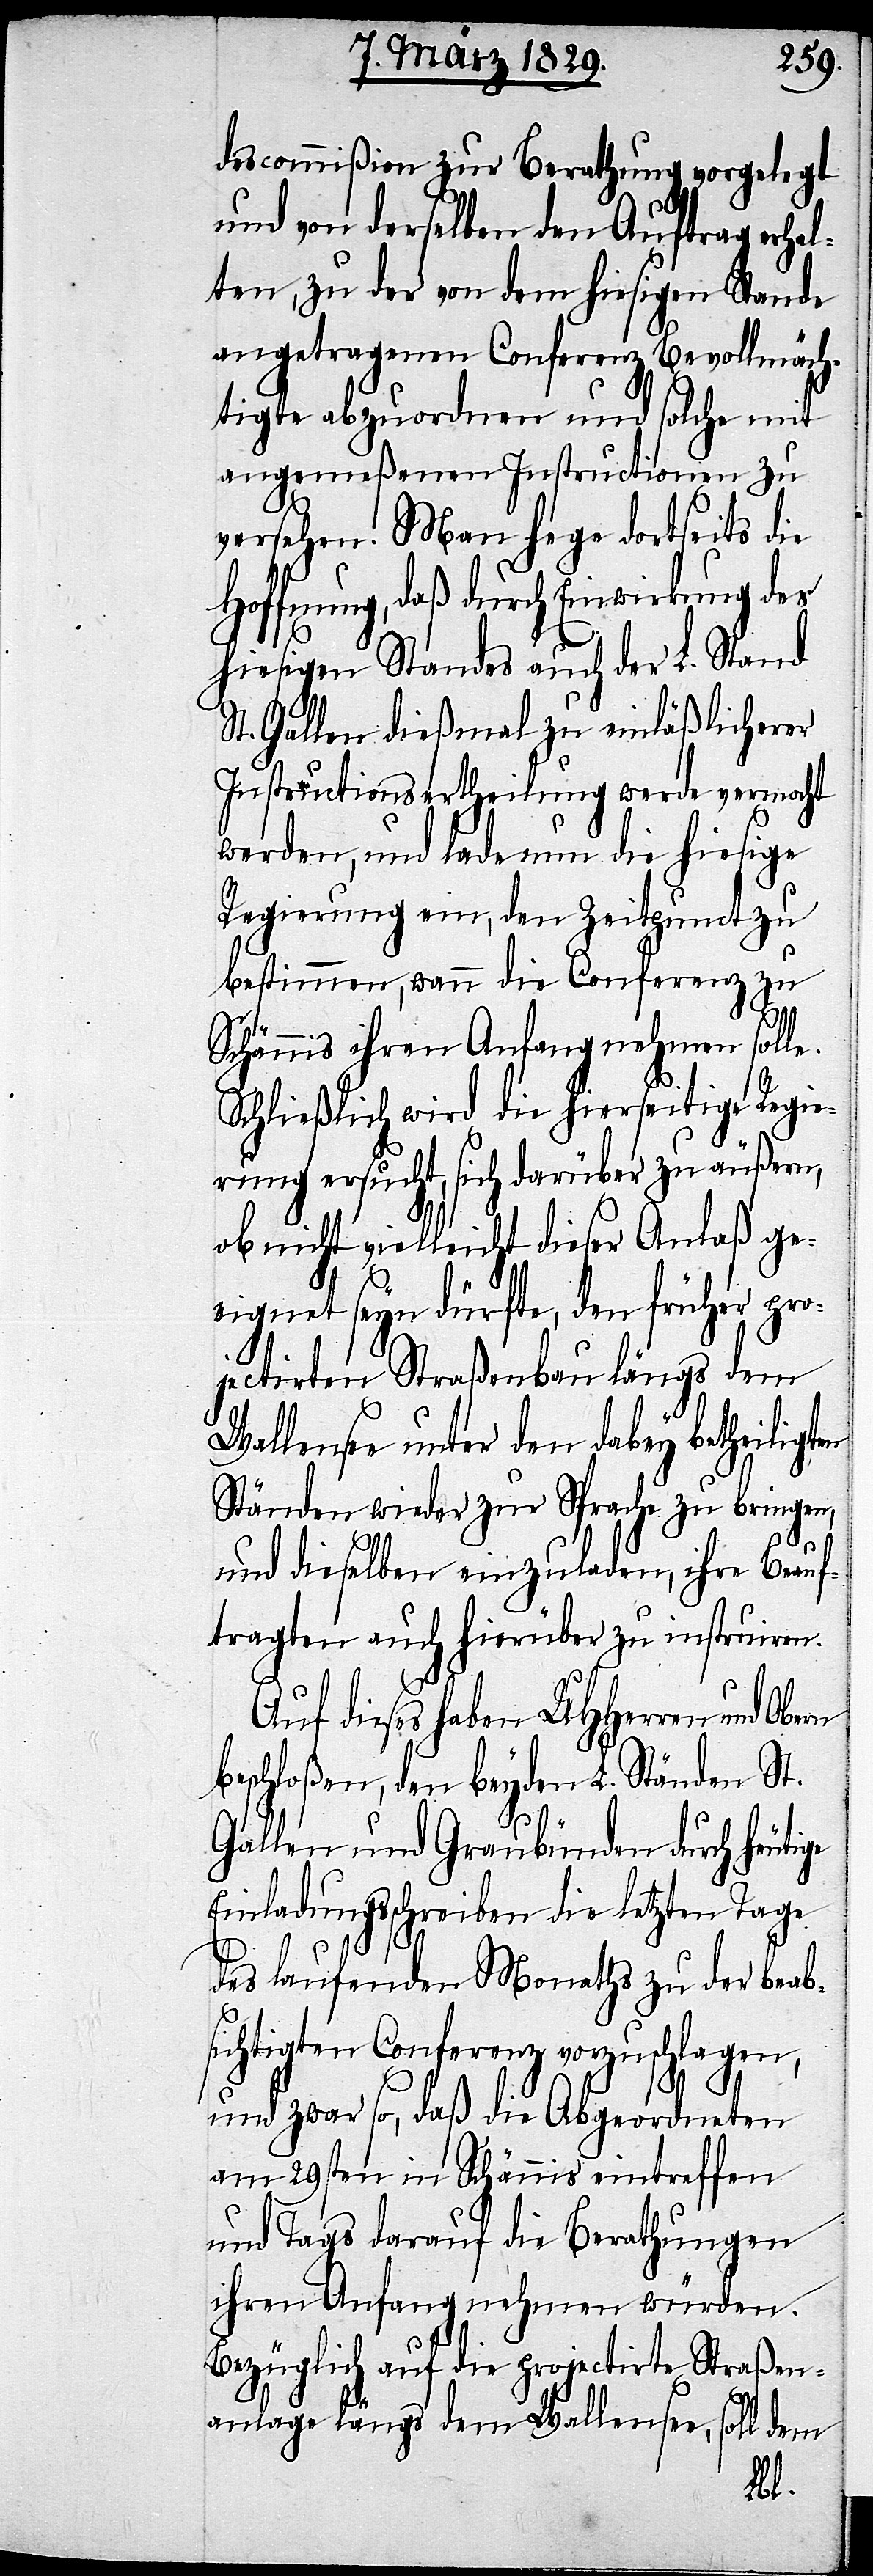
descommißion zur Berathung vorgelegt
und von derselben den Auftrag erhal¬
ten, zu der von dem hiesigen Stande
angetragenen Conferenz Bevollmäch¬
tige abordnen und solche mit
angemeßenen Instructionen zu
versehen. Man hege dortseits die
Hoffnung, daß durch Einwirkung des
hiesigen Standes auch der L. Stand
St. Gallen dießmal zu einläßlicherer
Instructionsertheilung werde vermacht
werden, und lade nun die hiesige
Regierung ein, den Zeitpunkt zu
bestimmen, wann die Conferenz zu
Schännis ihren Anfang nehmen solle.
Schließlich wird die hierseitige Regie¬
rung ersucht, sich darüber zu äußern,
ob nicht vielleicht dieser Anlaß ge¬
eignet seyn dürfte, den früher pro¬
jectirten Straßenbau längs dem
Wallensee unter den dabey betheiligten
Ständen wieder zur Sprache zu bringen,
und dieselben einzuladen, ihre Beauf¬
tragten auch hierüber zu instruiren.
Auf dieses haben UHHerren und
beschloßen, den beyden L. Ständen St.
Gallen und Graubünden durch heutige
Einladungsschreiben die letzten Tage
des laufenden Monaths zu der beab¬
sichtigten Conferenz vorzuschlagen,
und zwar so, daß die Abgeordneten
am 29sten in Schännis eintreffen
und Tags darauf die Berathungen
ihren Anfang nehmen würden.
Bezüglich auf die projectirte Straßen¬
anlage längs dem Wallensee, soll dem